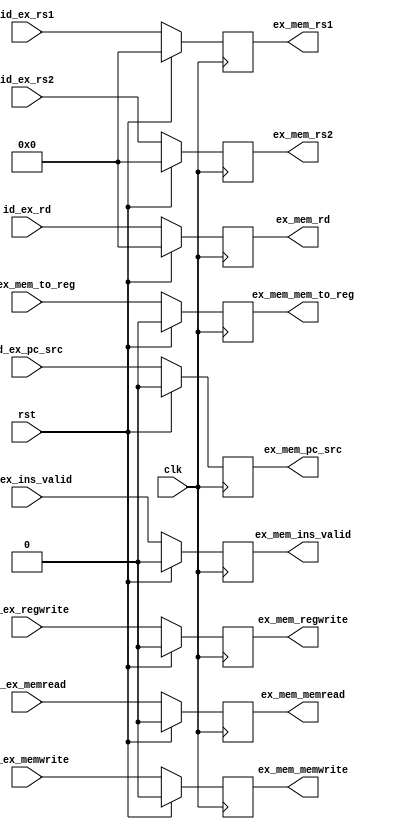
module ex_mem_reg(
    input clk,
    input rst,

    input id_ex_memread,
    input id_ex_memwrite,
    input id_ex_mem_to_reg,
    input id_ex_pc_src,
    input[4:0] id_ex_rd,
    input id_ex_regwrite,
    input id_ex_ins_valid,

    output reg ex_mem_memread,
    output reg ex_mem_memwrite,
    output reg ex_mem_mem_to_reg,
    output reg ex_mem_pc_src,
    output reg[4:0] ex_mem_rd,
    output reg ex_mem_regwrite,
    output reg ex_mem_ins_valid,
    
    
    input[4:0] id_ex_rs1,
    input[4:0] id_ex_rs2,

    output reg[4:0] ex_mem_rs1,
    output reg[4:0] ex_mem_rs2
);

always @(posedge clk ) begin
    if(!rst) begin
        ex_mem_rs1 = id_ex_rs1;
        ex_mem_rs2 = id_ex_rs2;
        ex_mem_rd = id_ex_rd;
        
        ex_mem_memread = id_ex_memread;
        ex_mem_memwrite = id_ex_memwrite;
        ex_mem_mem_to_reg = id_ex_mem_to_reg;
        ex_mem_pc_src = id_ex_pc_src;
        ex_mem_rd = id_ex_rd;
        ex_mem_regwrite = id_ex_regwrite;   
        ex_mem_ins_valid = id_ex_ins_valid;         
    end
    else begin
        ex_mem_rs1 = 0;
        ex_mem_rs2 = 0;
        ex_mem_rd = 0;
        
        ex_mem_memread = 0;
        ex_mem_memwrite = 0;
        ex_mem_mem_to_reg = 0;
        ex_mem_pc_src = 0;
        ex_mem_rd = 0;
        ex_mem_regwrite = 0;
        ex_mem_ins_valid = 0;         
    end
end

endmodule